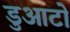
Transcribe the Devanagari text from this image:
डुआटो